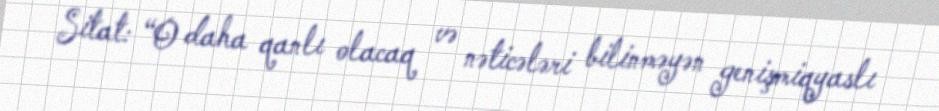
Sitat: “O daha qanlı olacaq və nəticələri bilinməyən genişmiqyaslı